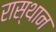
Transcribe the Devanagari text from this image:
रास्थान